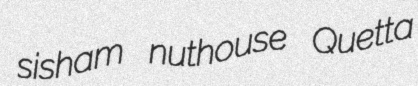
sisham nuthouse Quetta